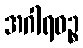
အဂါရဝဉ္စ